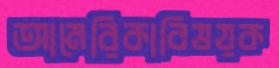
আমেরিকাবিষয়ক